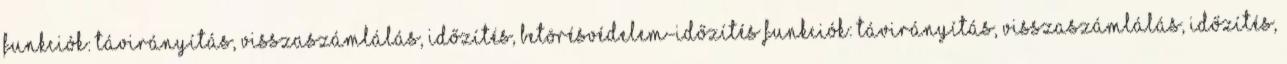
funkciók: távirányítás, visszaszámlálás, időzítés, betörésvédelem-időzítés funkciók: távirányítás, visszaszámlálás, időzítés,